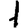
Digit: 1